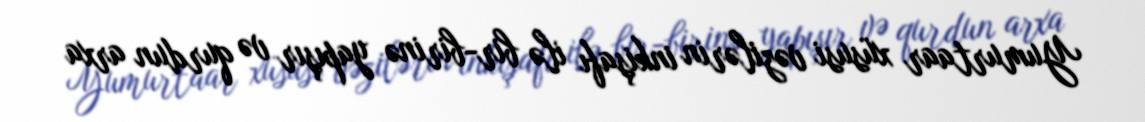
Yumurtaar xüsusi vəzilərin inkişafı ilə bir-birinə yapışır və qurdun arxa